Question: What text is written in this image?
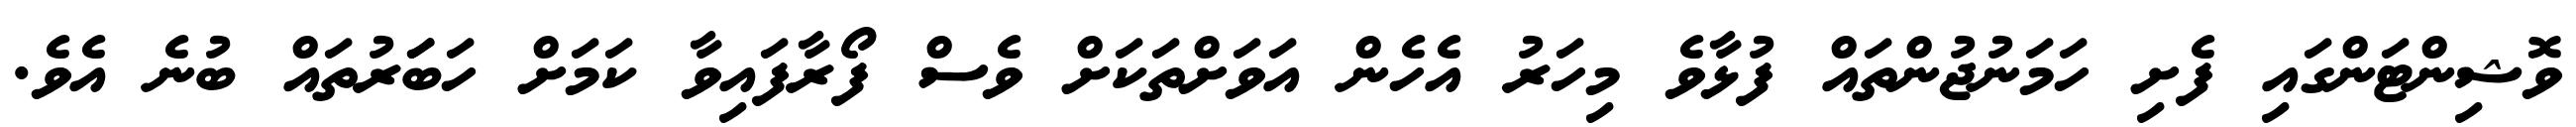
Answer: ވޮޝިންޓަންގައި ފެށި ހަމަނުޖުންތައް ފުޅާވެ މިހަރު އެހެން އަވަށްތަކަށް ވެސް ފޯރާފައިވާ ކަމަށް ހަބަަރުތައް ބުނެ އެވެ.